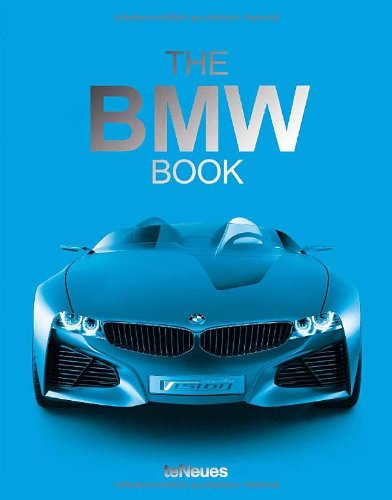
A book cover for The BMW Book (English, Chinese and German Edition); teNeues; Engineering & Transportation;